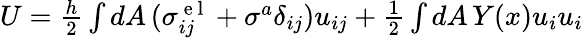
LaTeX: \begin{array}{r}{U=\frac{h}{2}\int dA\, (\sigma_{ij}^{\mathrm{~e~l~}}+\sigma^{a}\delta_{ij})u_{ij}+\frac{1}{2}\int dA\, Y(x)u_{i}u_{i}}\end{array}